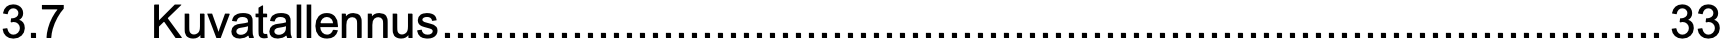
3.7  Kuvatallennus..............................................................................................33